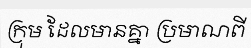
ក្រុម ដែលមានគ្នា ប្រមាណពី